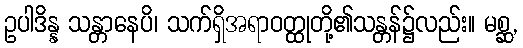
ဥပါဒိန္န သန္တာနေပိ၊ သက်ရှိအရာဝတ္ထုတို့၏သန္တန်၌လည်း။ မစ္ဆ,